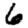
Digit: 6